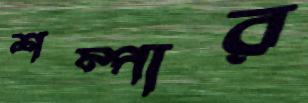
শম্পার